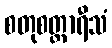
စတုစတ္တာရီသံ